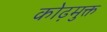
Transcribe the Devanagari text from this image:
कोढ़मुक्त